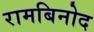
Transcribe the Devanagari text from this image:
रामबिनोद